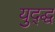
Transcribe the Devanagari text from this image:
युद्द्ध